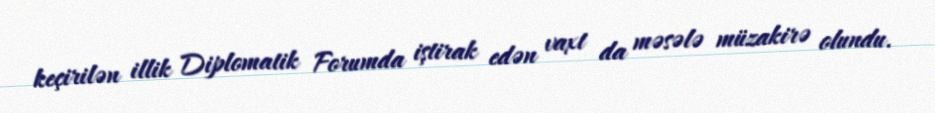
keçirilən illik Diplomatik Forumda iştirak edən vaxt da məsələ müzakirə olundu.